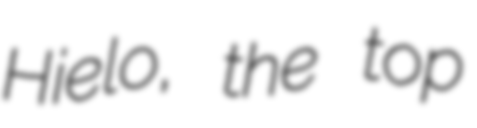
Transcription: Hielo, the top